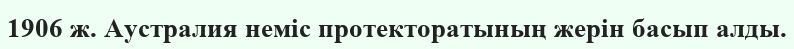
1906 ж. Аустралия неміс протекторатының жерін басып алды.